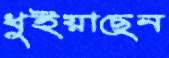
ধুইয়াছেন